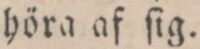
höra af ſig.